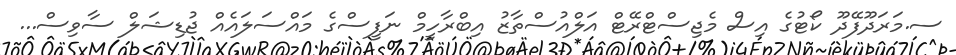
ސ.މަރަދޫފޭދޫ ކޯޓުގެ އިސް މެޖިސްޓްރޭޓް އަލްއުސްތާޒު އިބްރާހީމް ނަފީސްގެ މައްސަލައެއް ޖުޑިޝަލް ސާވިސް...